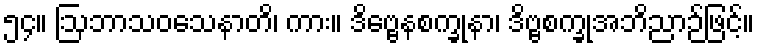
၅၄။ ဩဘာသဝသေနာတိ၊ ကား။ ဒိဗ္ဗေနစက္ခုနာ၊ ဒိဗ္ဗစက္ခုအဘိညာဉ်ဖြင့်။